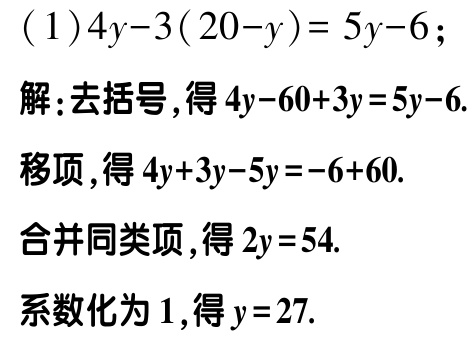
(1)

\[

\begin{align*}

&4y - 3(20 - y)=5y - 6\\

&解：去括号，得4y-60 + 3y=5y - 6.\\

&移项，得4y + 3y-5y=-6 + 60.\\

&合并同类项，得2y=54.\\

&系数化为1，得y = 27.

\end{align*}

\]